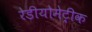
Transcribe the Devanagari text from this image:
रेडीयोमेट्रीक